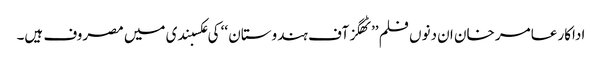
اداکار عامر خان ان دنوں فلم ’’ٹھگز آف ہندوستان ‘‘ کی عکسبندی میں مصروف ہیں۔